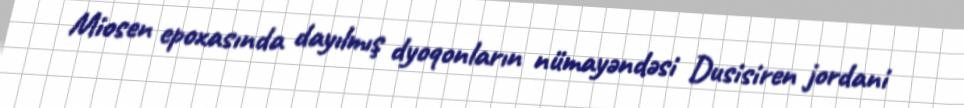
Miosen epoxasında dayılmış dyoqonların nümayəndəsi Dusisiren jordani